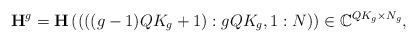
\begin{align*}\mathbf{H}^g = \mathbf{H}\left( \left(\left( (g-1)QK_g + 1 \right):gQK_g, 1:N \right) \right) \in \mathbb{C}^{QK_g \times N_g},\end{align*}